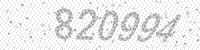
Solution: 820994